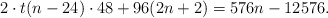
\begin{align*}2 \cdot t(n-24) \cdot 48 + 96 (2n+2) = 576n - 12576.\end{align*}